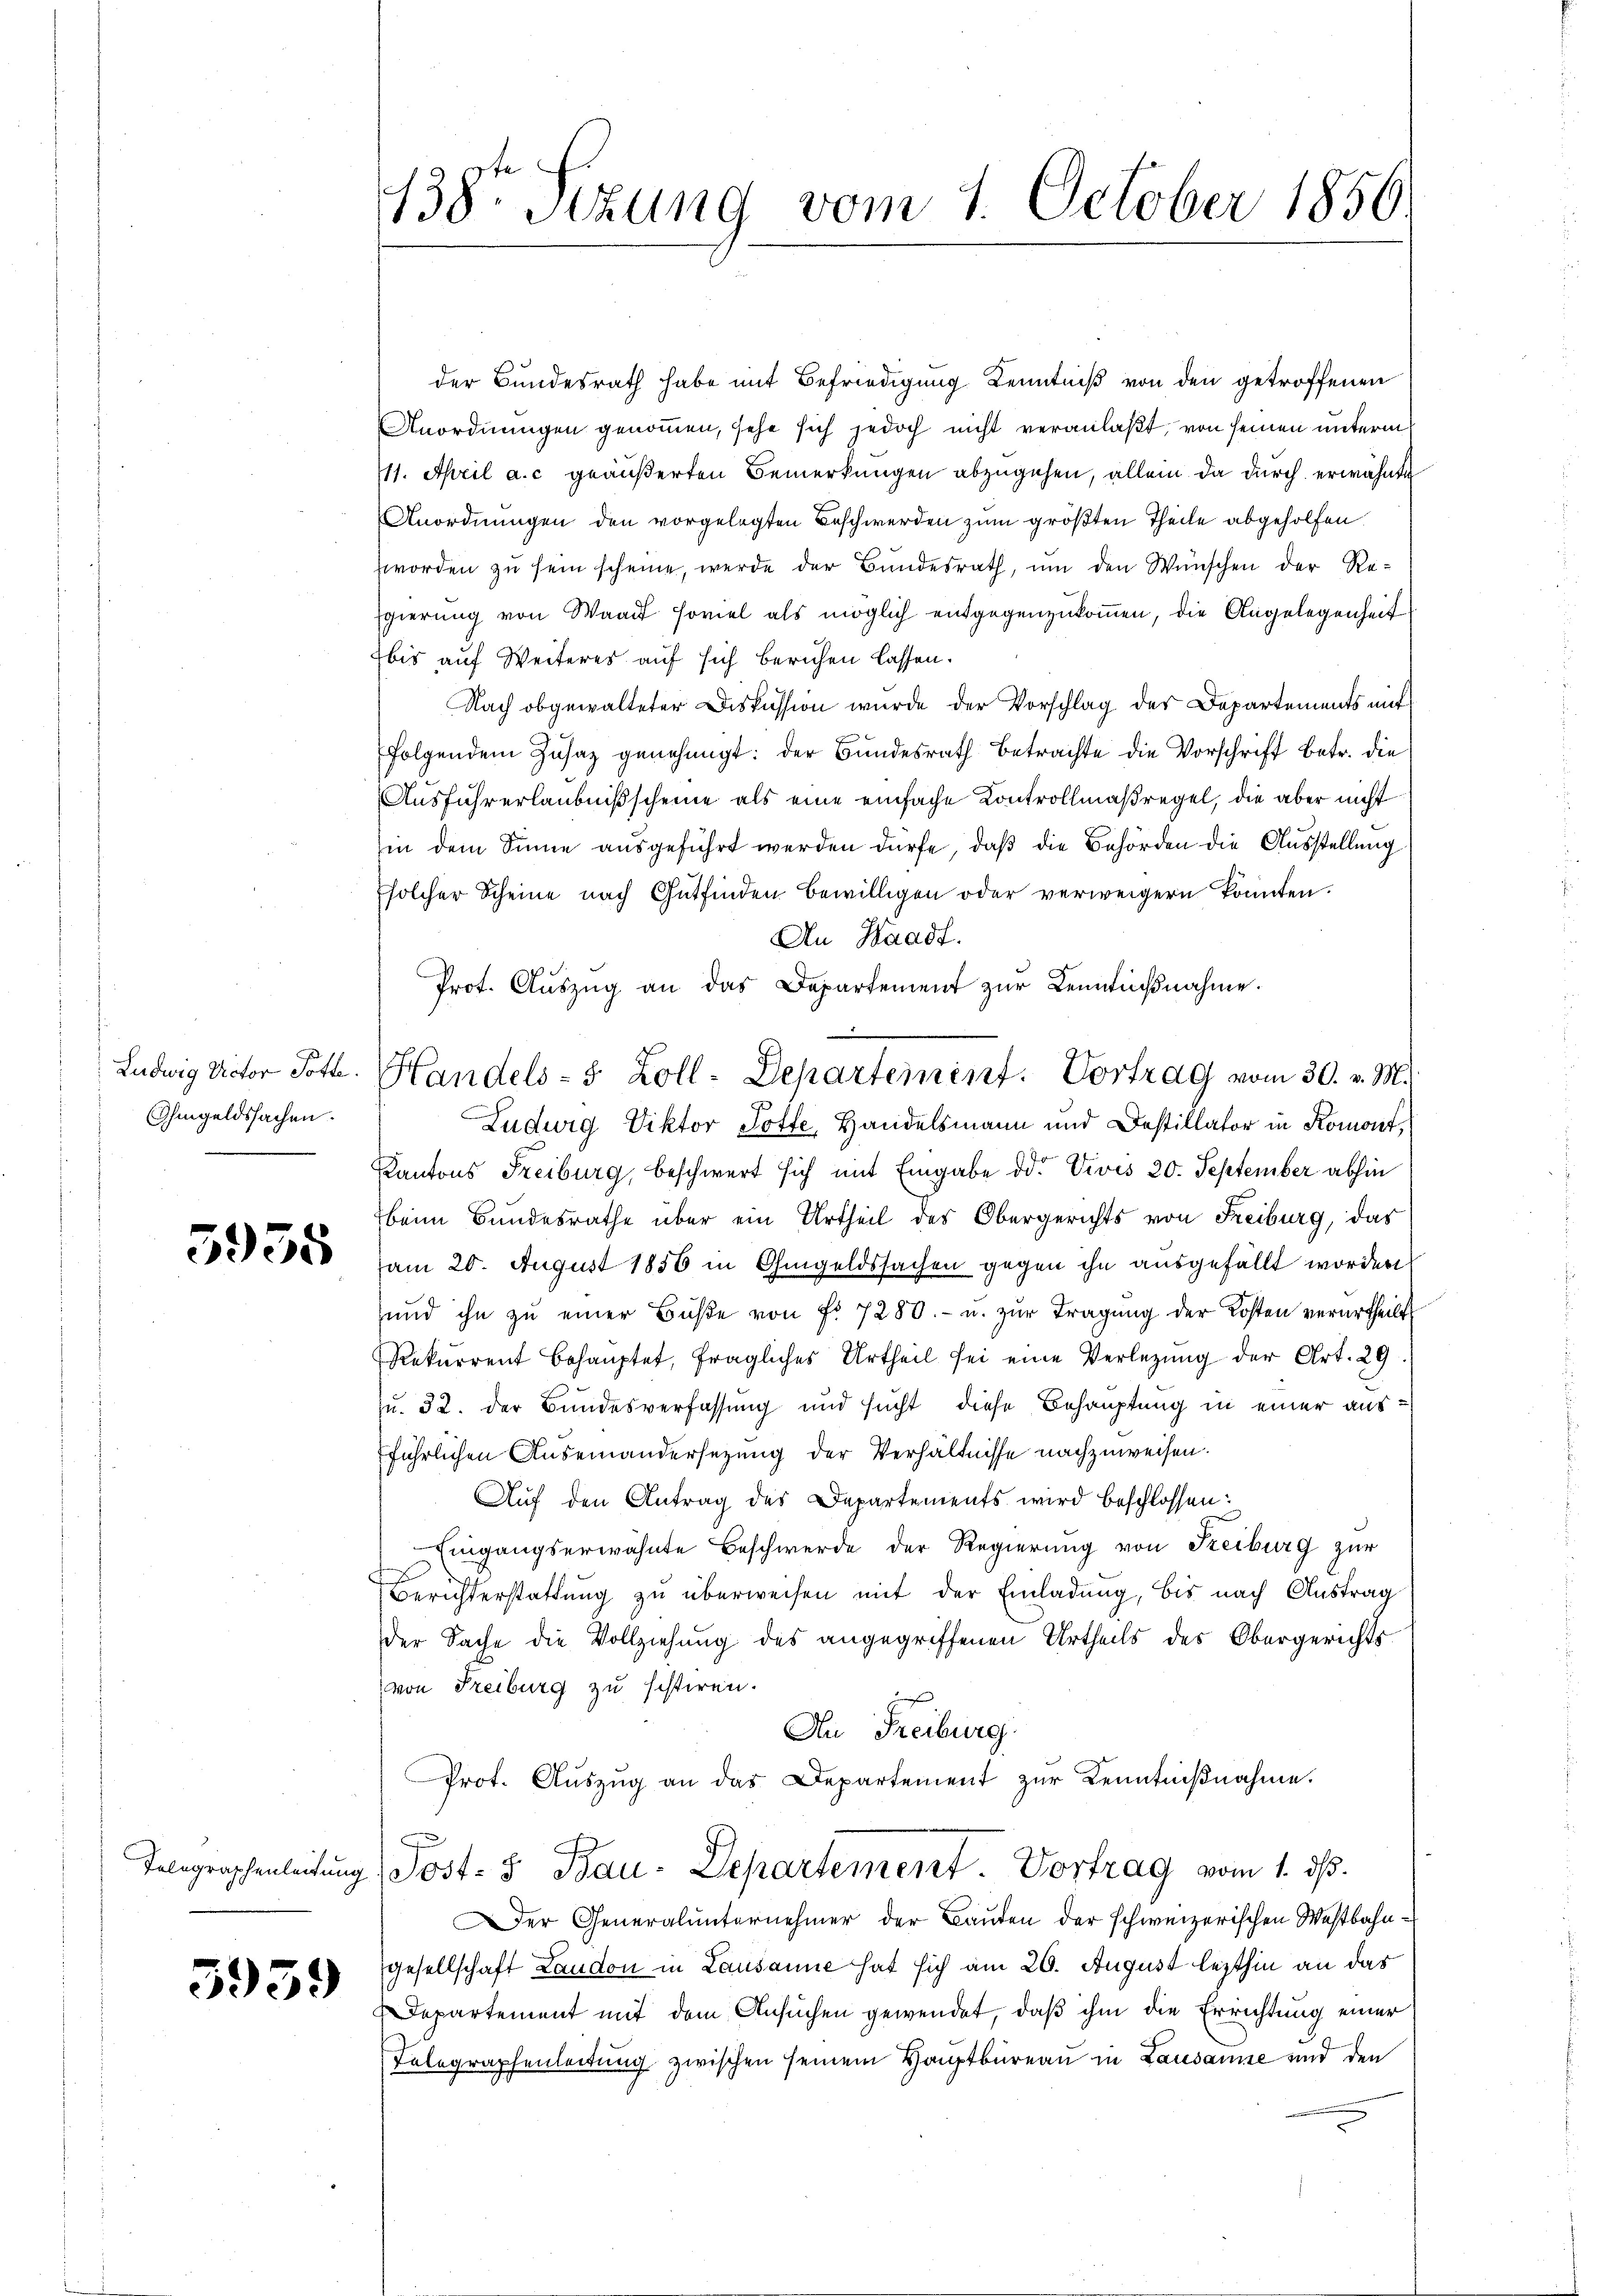
Ohmgeldssachen.

5955

5939

138te Sitzung vom 1. October 1856

der Bundesrath habe mit Befriedigung Kenntniß von den getroffenen
Anordnungen genommen, sehe sich jedoch nicht veranlaßt, von seinen unterm
11. April a. c. geäußerten Bemerkungen abzugehen, allein da durch erwähnte
Anordnungen den vorgelegten Beschwerden zum größten Theile abgeholfen.
worden zŭ sein scheine, werde der Bŭndesrath, ŭm den Wünschen der Re-
gierung von Waadt soviel als möglich entgegenzukommen, die Angelegenheit
bis auf Weiteres auf sich beruhen lassen.
Nach obgewalteter Diskussion wurde der Vorschlag der Departements mit
folgendem Zŭsaz genehmigt: der Bundesrath betrachte die Vorschrift betr. die
Ausführerlaubnißscheine als eine einfache Kontrollmaßregel, die aber nicht
(in dem Sinne ausgeführt werden dürfe, daß die Behörden die Ausstellung
Esolcher Scheine nach Gutfinden bewilligen oder verweigern konnten.
An Waadt.
Prot. Aŭszŭg an das Departement zŭr Lenißnahme.
Luduig Viktor Gotte, Handelsmann und Destillator in Komont,
Kantons Freiburg, beschwert sich mit Eingabe od. Vivis 20. September abhin
beim Bundesrathe über ein Urtheil des Obergerichts von Freiburg, das
am 20. August 1856 in Ohmgeldssachen gegen ihn ausgefällt worden
und ihn zŭ einer Bŭβe von Fr. 7280.- u. zur Tragung der Kosten verurtheilt
Rekurrent behauptet, fragliches Urtheil sei eine Verlegung der Art. 29
u. 32. der Bundesverfassung und sucht, diese Behauptung in einer ausführlichen Auseinandersezung der Verhältnisse nachzuweisen.
Auf den Antrag des Departements wird beschlossen:
Eingangserwähnte Beschwerde der Regierung von Freiburg zur
Berichterstattung zu überweisen mit der Einladung, bis nach Austrag
der Sache die Vollziehung des angegriffenen Urtheils des Obergerichts¬
(von Freiburg zu sistiren.
An Freiburg.
Prot. Aŭszŭg an das Departement zur Kenntnißnahme.
Telegraphenleitung Post- & Bau-Departement. Vortrag vom 1. ds.
er Generalunternehmer der Bauten der schweizerischen Westbahngesellschaft Laudon in Lausanne hat sich am 20. August lezthin an das
Departement mit dem Ansuchen gewendet, daß ihm die Errichtung einer
Telegraphenleitung zwischen seinem Hauptbüreau in Lausanne und den

—
Ludwig Victor Poth. Handels- 5 Zoll-Departement. Vortrag vom 30. v. M.